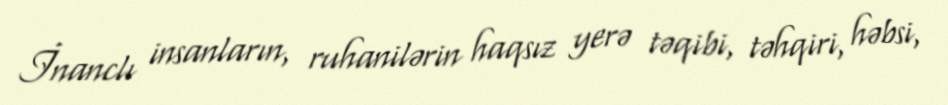
İnanclı insanların, ruhanilərin haqsız yerə təqibi, təhqiri, həbsi,